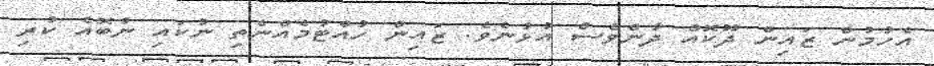
އެހުމުން ޒައިން ދޫކޮއް ދާންވެސް އުޅުނެވެ. ޒައިން ހުއްޓުމެއްނެތި ނުކައި ނުބޮއެ ކުރި